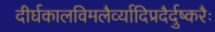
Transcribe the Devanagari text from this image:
दीर्घकालविमलैर्व्यादिप्रदैर्दुष्करैः